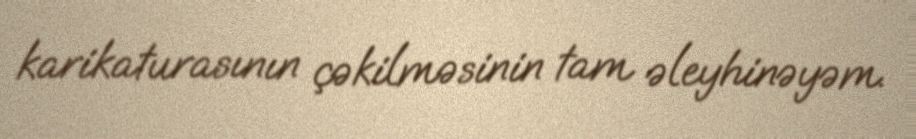
karikaturasının çəkilməsinin tam əleyhinəyəm.